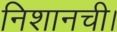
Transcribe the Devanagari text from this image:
निशानची।